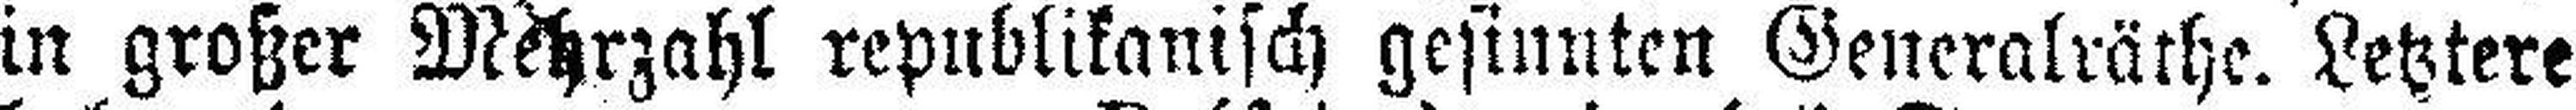
in großer Mehrzahl republikanisch gesinnten Generalräthe. Letztere